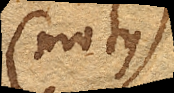
(motus)